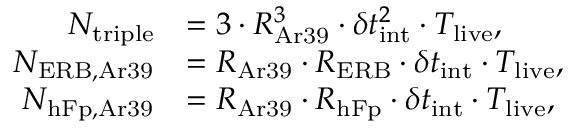
\begin{array} { r l } { N _ { \mathrm { t r i p l e } } } & { = 3 \cdot R _ { \mathrm { A r 3 9 } } ^ { 3 } \cdot \delta t _ { \mathrm { i n t } } ^ { 2 } \cdot T _ { \mathrm { l i v e } } , } \\ { N _ { \mathrm { E R B , A r 3 9 } } } & { = R _ { \mathrm { A r 3 9 } } \cdot R _ { \mathrm { E R B } } \cdot \delta t _ { \mathrm { i n t } } \cdot T _ { \mathrm { l i v e } } , } \\ { N _ { \mathrm { h F p , A r 3 9 } } } & { = R _ { \mathrm { A r 3 9 } } \cdot R _ { \mathrm { h F p } } \cdot \delta t _ { \mathrm { i n t } } \cdot T _ { \mathrm { l i v e } } , } \end{array}